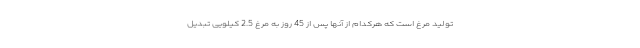
تولید مرغ است که هرکدام از آنها پس از 45 روز به مرغ 2.5 کیلویی تبدیل